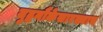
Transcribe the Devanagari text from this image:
युद्धनौकेसारख्याच